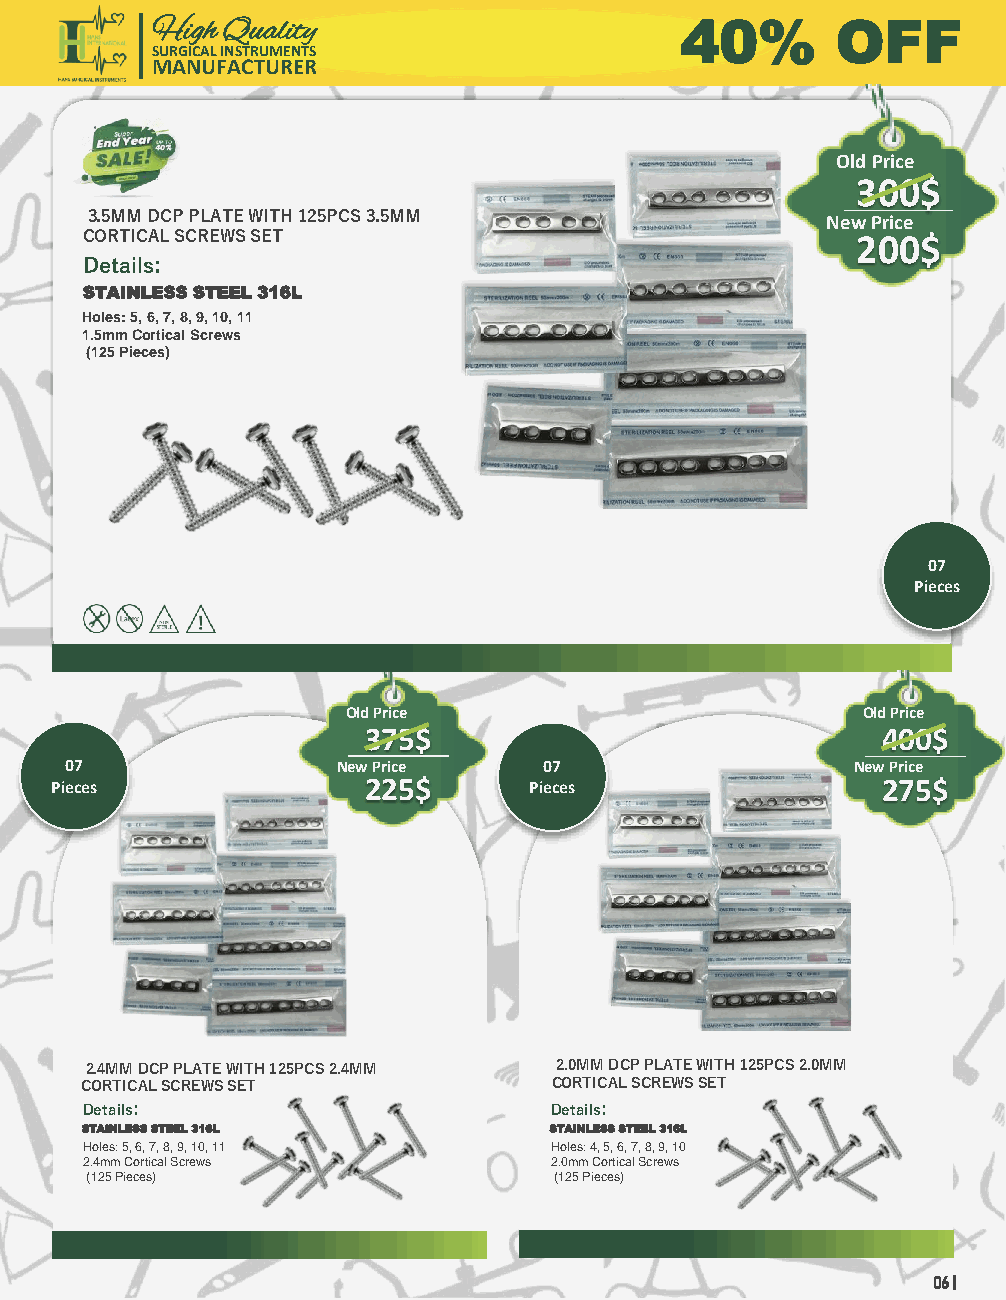
High Quality                       40%       OFF
 SURGICAL INSTRUMENTS
 MANUFACTURER
 Old Price
 300$
 3.5MM DCP PLATE WITH 125PCS 3.5MM
 New Price
 CORTICAL SCREWS SET                                 200$
 Details:
 STAINLESS STEEL 316L
 Holes: 5, 6, 7, 8, 9, 10, 11
 1.5mm Cortical Screws
 (125 Pieces)
 07
 Pieces
 Old Price                         Old Price
 375$                              400$
 07                New Price     07                   New Price
 Pieces               225$       Pieces                 275$
 2.4MM DCP PLATE WITH 125PCS 2.4MM 2.0MM DCP PLATE WITH 125PCS 2.0MM
 CORTICAL SCREWS SET             CORTICAL SCREWS SET
 Details:                       Details:
 STAINLESS STEEL 316L           STAINLESS STEEL 316L
 Holes: 5, 6, 7, 8, 9, 10, 11   Holes: 4, 5, 6, 7, 8, 9, 10
 2.4mm Cortical Screws          2.0mm Cortical Screws
 (125 Pieces)                   (125 Pieces)
 06 |